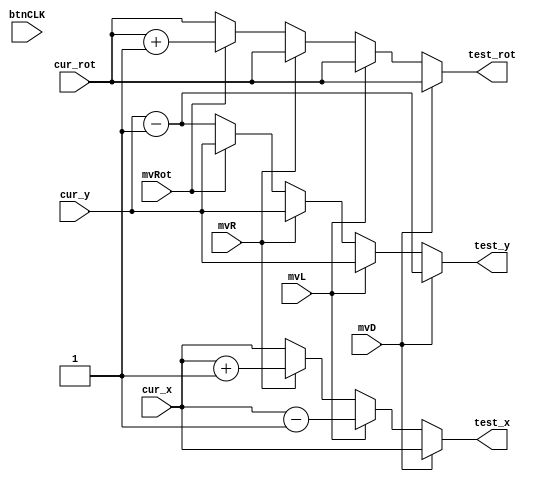
`timescale 1ns / 1ps
//////////////////////////////////////////////////////////////////////////////////
// Company: 
// Engineer: 
// 
// Design Name: 
// Module Name: calc_test_blk
// Project Name: 
// Target Devices: 
// Tool Versions: 
// Description: 
// 
// Dependencies: 
// 
// Revision:
// Revision 0.01 - File Created
// Additional Comments:
// 
//////////////////////////////////////////////////////////////////////////////////


module calc_test_blk(
    input btnCLK,
    input mvD, mvL, mvR, mvRot,
    input [4:0] cur_x, cur_y,
    input [1:0] cur_rot,
    output reg [4:0] test_x, test_y,
    output reg [1:0] test_rot
    );
    
    always @ (*) begin
        if (mvD) begin
            test_x = cur_x;
            test_y = cur_y - 1;
            test_rot = cur_rot;
        end else if (mvL) begin
            test_x = cur_x - 1;
            test_y = cur_y;
            test_rot = cur_rot;
        end else if (mvR) begin
            test_x = cur_x + 1;
            test_y = cur_y;
            test_rot = cur_rot;
        end else if (mvRot) begin
            test_x = cur_x;
            test_y = cur_y;
            test_rot = cur_rot + 1;
        end else begin // else gameclk moves it down
            test_x = cur_x;
            test_y = cur_y - 1;
            test_rot = cur_rot;
        end
    end
endmodule